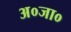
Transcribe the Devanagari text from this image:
अ०जा०